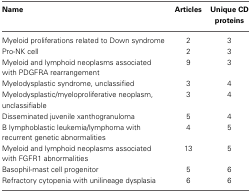
<table><thead><tr><td><b>Name</b></td><td><b>Articles</b></td><td><b>Unique CD proteins</b></td></tr></thead><tbody><tr><td>Myeloid proliferations related to Down syndrome</td><td>2</td><td>3</td></tr><tr><td>Pro-NK cell</td><td>2</td><td>3</td></tr><tr><td>Myeloid and lymphoid neoplasms associated with PDGFRA rearrangement</td><td>9</td><td>3</td></tr><tr><td>Myelodysplastic syndrome, unclassified</td><td>3</td><td>4</td></tr><tr><td>Myelodysplastic/myeloproliferative neoplasm, unclassifiable</td><td>3</td><td>4</td></tr><tr><td>Disseminated juvenile xanthogranuloma</td><td>5</td><td>4</td></tr><tr><td>B lymphoblastic leukemia/lymphoma with recurrent genetic abnormalities</td><td>4</td><td>5</td></tr><tr><td>Myeloid and lymphoid neoplasms associated with FGFR1 abnormalities</td><td>13</td><td>5</td></tr><tr><td>Basophil-mast cell progenitor</td><td>5</td><td>6</td></tr><tr><td>Refractory cytopenia with unilineage dysplasia</td><td>6</td><td>6</td></tr></tbody></table>